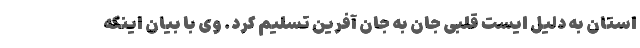
استان به دلیل ایست قلبی جان به جان آفرین تسلیم کرد. وی با بیان اینکه